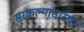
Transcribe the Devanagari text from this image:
सरकल्यासारखा